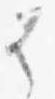
者